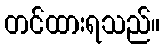
တင်ထားရသည်။